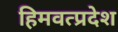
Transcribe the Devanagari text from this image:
हिमवत्प्रदेश